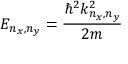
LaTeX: E _ { n _ { x } , n _ { y } } = { \frac { \hbar ^ { 2 } k _ { n _ { x } , n _ { y } } ^ { 2 } } { 2 m } }